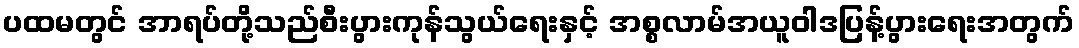
ပထမတွင် အာရပ်တို့သည်စီးပွားကုန်သွယ်ရေးနှင့် အစ္စလာမ်အယူဝါဒပြန့်ပွားရေးအတွက်